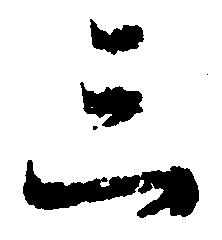
三